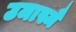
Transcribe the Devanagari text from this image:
उमास्मै